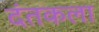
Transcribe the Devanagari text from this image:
दंतकला